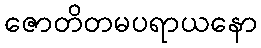
ဇောတိတမပရာယနော